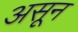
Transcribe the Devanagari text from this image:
असून